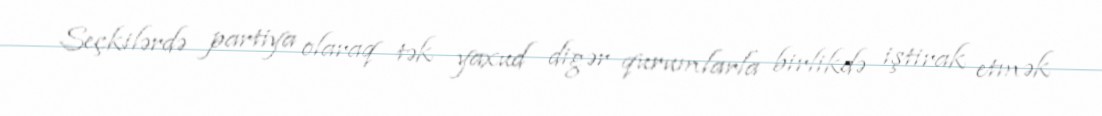
Seçkilərdə partiya olaraq tək yaxud digər qurumlarla birlikdə iştirak etmək